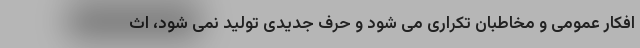
افکار عمومی و مخاطبان تکراری می شود و حرف جدیدی تولید نمی شود، اث